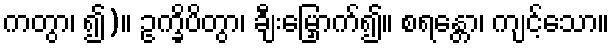
ကတွာ၊ ၍)။ ဥက္ခိပိတွာ၊ ချီးမြှောက်၍။ စရန္တော၊ ကျင့်သော။